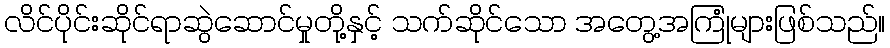
လိင်ပိုင်းဆိုင်ရာဆွဲဆောင်မှုတို့နှင့် သက်ဆိုင်သော အတွေ့အကြုံများဖြစ်သည်။